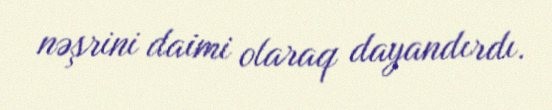
nəşrini daimi olaraq dayandırdı.